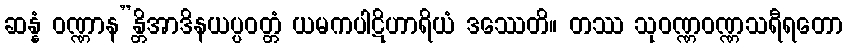
ဆန္နံ ဝဏ္ဏာန”န္တိအာဒိနယပ္ပဝတ္တံ ယမကပါဋိဟာရိယံ ဒဿေတိ။ တဿ သုဝဏ္ဏဝဏ္ဏသရီရတော